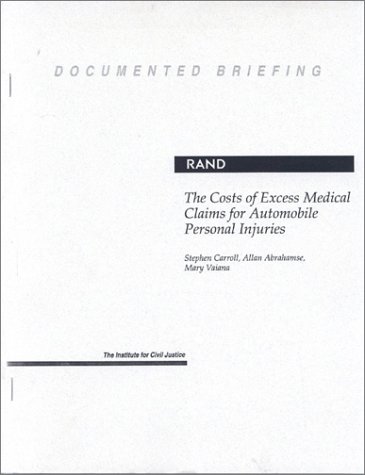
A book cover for The Costs of Excess Medical Claims for Automobile Personal Injuries (Documented Briefing, Db-139-Icj); S J. Carroll; Engineering & Transportation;